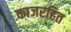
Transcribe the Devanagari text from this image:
काजरहित